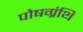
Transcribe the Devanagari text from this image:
पोषग्रंथि